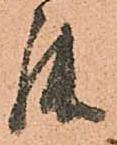
罷